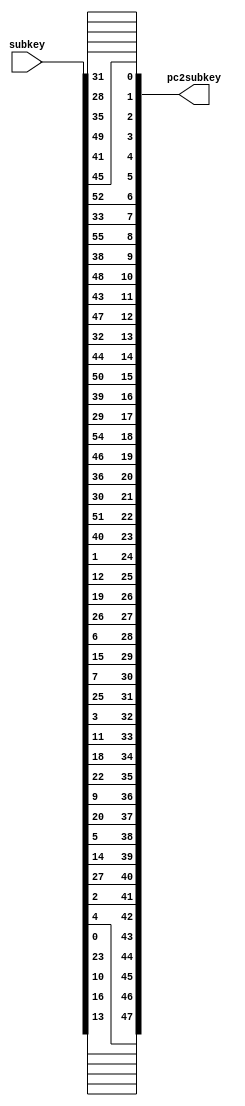
module pctwo(subkey,pc2subkey);

input [56:1] subkey;
output reg [47:0] pc2subkey;

always @ (*)
	begin
		pc2subkey = {subkey[14],subkey[17],subkey[11],subkey[24],subkey[1],subkey[5],subkey[3],subkey[28],subkey[15],subkey[6],subkey[21],subkey[10],subkey[23],subkey[19],subkey[12],subkey[4],subkey[26],subkey[8],subkey[16],subkey[7],subkey[27],subkey[20],subkey[13],subkey[2],subkey[41],subkey[52],subkey[31],subkey[37],subkey[47],subkey[55],subkey[30],subkey[40],subkey[51],subkey[45],subkey[33],subkey[48],subkey[44],subkey[49],subkey[39],subkey[56],subkey[34],subkey[53],subkey[46],subkey[42],subkey[50],subkey[36],subkey[29],subkey[32]};
	end

endmodule